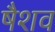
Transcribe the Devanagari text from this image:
षैशव